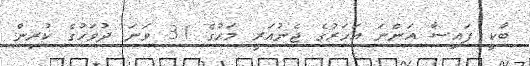
ބާކީ ފައިސާ އަންނަ އަހަރުގެ ޖެނުއަރީ މަހުގެ 31 ވަނަ ދުވަހުގެ ކުރިން